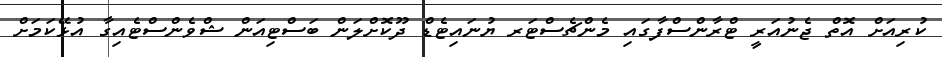
ކުރިއަށް އޮތް ޖެނުއަރީ ޓްރާންސްފާގައި މެންޗެސްޓަރ ޔުނައިޓެޑް ދޫކޮށްލަން ބަސްޓިއަން ޝްވެންސްޓެއިގާ އުޅޭކަމަށް